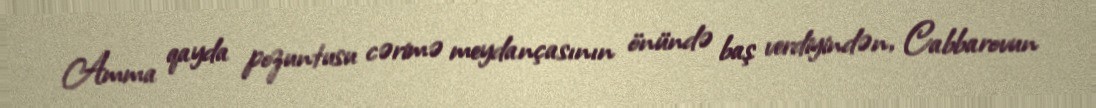
Amma qayda pozuntusu cərimə meydançasının önündə baş verdiyindən, Cabbarovun